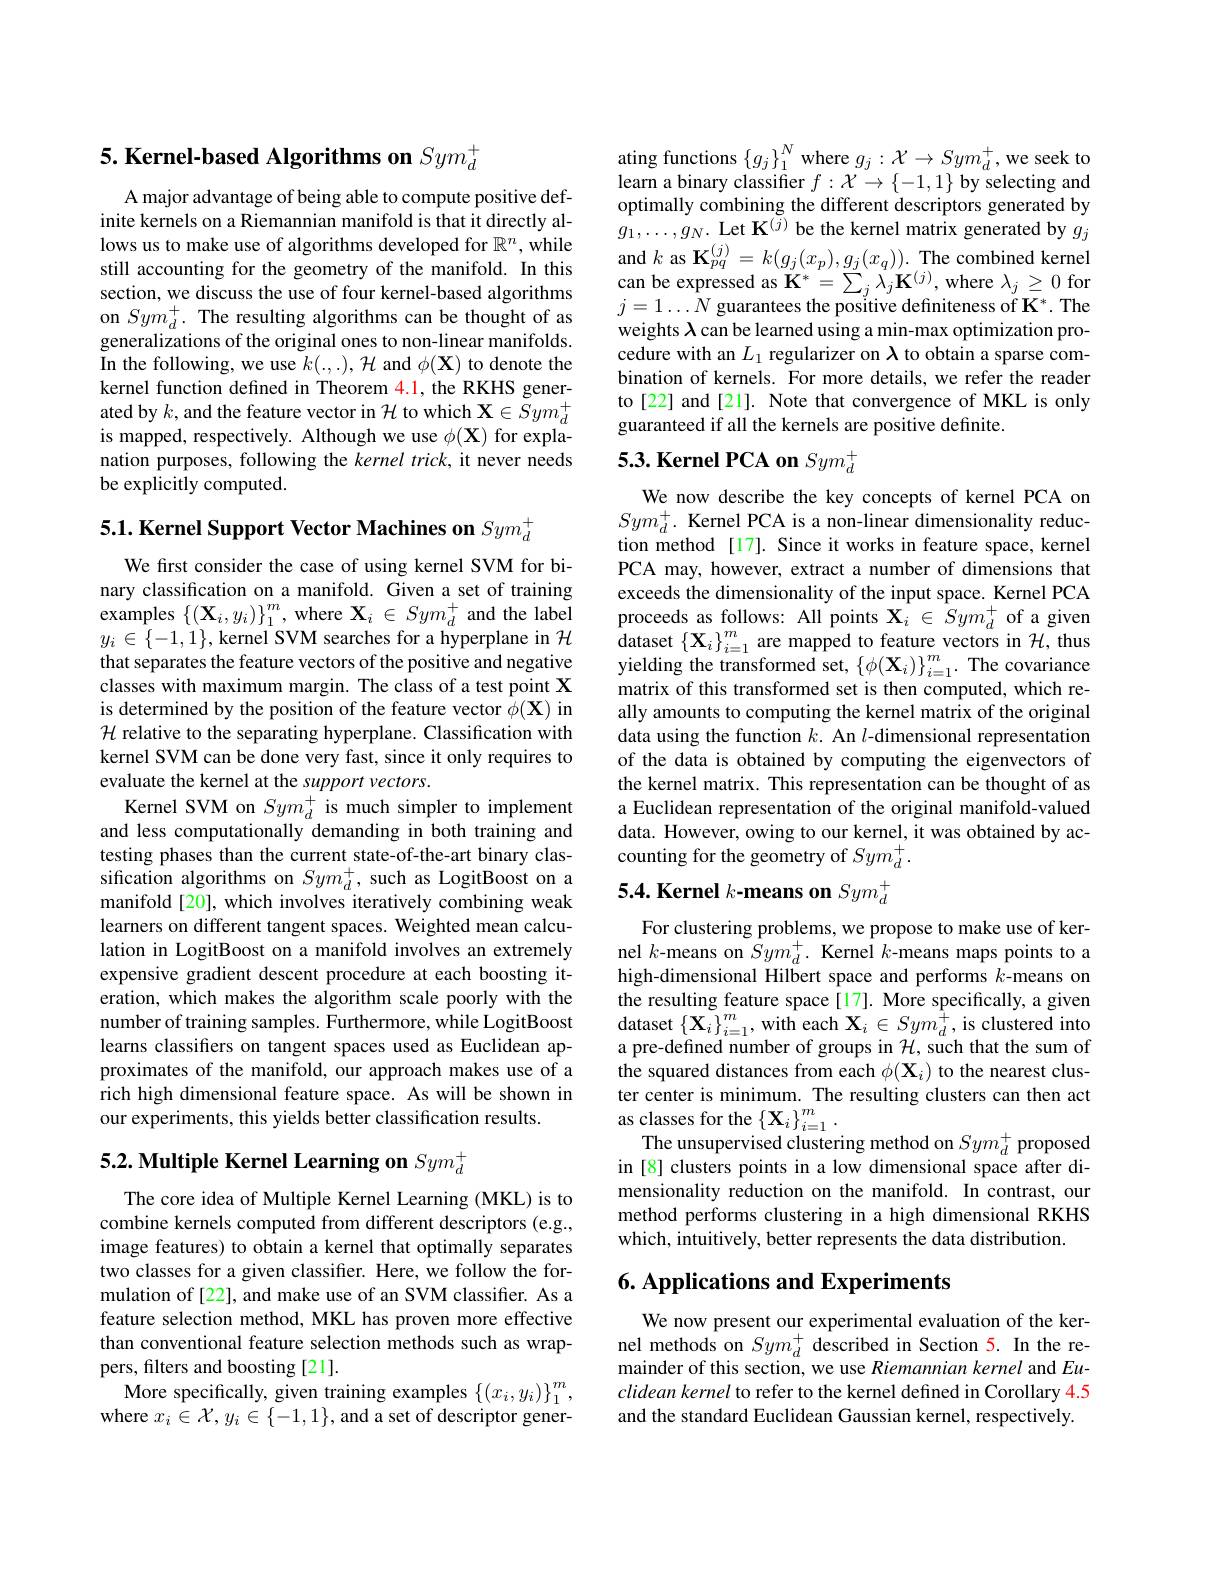
5. Kernel-based Algorithms on $Sym_d^+$

A major advantage of being able to compute positive definite kernels on a Riemannian manifold is that it directly allows us to make use of algorithms developed for $\mathbb{R}^n$, while still accounting for the geometry of the manifold. In this section, we discuss the use of four kernel-based algorithms on $Sym_{d}^{+}.$ The resulting algorithms can be thought of as generalizations of the original ones to non-linear manifolds. In the following, we use $k(.,.),{\mathcal H}$ and $\phi(\mathbf{X})$ to denote the kernel function defined in Theorem 4.1, the RKHS generated by $k$, and the feature vector in $\mathcal{H}$ to which $\mathbf{X}\in Sym_d^+$ is mapped, respectively. Although we use $\phi(\mathbf{X})$ for explanation purposes, following the kernel trick, it never needs be explicitly computed.

5.1. Kernel Support Vector Machines on $Sym_d^+$
We first consider the case of using kernel SVM for binary classification on a manifold. Given a set of training $\mathop{\mathrm{examples~}}\left\{(\mathbf{X}_{i},y_{i})\right\}_{1}^{m},\mathop{\mathrm{where~}}\mathbf{X}_{i}\in Sym_{d}^{+}$and the label $y_{i}\in\{-1,1\}$, kernel SVM searches for a hyperplane in $\mathcal{H}$ that separates the feature vectors of the positive and negative classes with maximum margin. The class of a test point X is determined by the position of the feature vector $\phi(\mathbf{X})$ in $\mathcal{H}$ relative to the separating hyperplane. Classification with kernel SVM can be done very fast, since it only requires to evaluate the kernel at the support vectors.
Kernel SVM on $Sym_d^{+}$ is much simpler to implement and less computationally demanding in both training and testing phases than the current state-of-the-art binary classification algorithms on $Sym_d^+$, such as LogitBoost on a manifold [20], which involves iteratively combining weak learners on different tangent spaces. Weighted mean calculation in LogitBoost on a manifold involves an extremely expensive gradient descent procedure at each boosting iteration, which makes the algorithm scale poorly with the number of training samples. Furthermore, while LogitBoost learns classifiers on tangent spaces used as Euclidean approximates of the manifold, our approach makes use of a rich high dimensional feature space. As will be shown in our experiments, this yields better classification results.

# 5.2. Multiple Kernel Learning on $Sym_d^+$

The core idea of Multiple Kernel Learning (MKL) is to combine kernels computed from different descriptors (e.g., image features) to obtain a kernel that optimally separates two classes for a given classifer. Here, we follow the formulation of [22], and make use of an SVM classifier. As a feature selection method, MKL has proven more effective than conventional feature selection methods such as wrappers, filters and boosting [21].
More specifically, given training examples $\left\{(x_{i},y_{i})\right\}_{1}^{m}$, where $x_i\in\mathcal{X},y_{i}\in\{-1,1\}$,and a set of descriptor gener-

ating functions $\{g_j\}_1^N$ where $g_j:\mathcal{X}\to Sym_d^+$, we seek to learn a binary classifier $f:\mathcal{X}\to\{-1,1\}$ by selecting and optimally combining the different descriptors generated by $g_{1},\ldots,g_{N}.$ Let K$^{(j)}$ be the kernel matrix generated by $g_{j}$ and $k$ as K$_pq^{(j)}=k(g_j(x_p),g_j(x_q)).$ The combined kernel can be expressed as $\mathbf{K}^*=\sum_j\lambda_j\mathbf{K}^{(j)}$,where $\lambda_j\geq0$ for $j=1\ldots N$ guarantees the positive definiteness of K*. The weights $\lambda$ can be learned using a min-max optimization procedure with an $L_1$ regularizer on $\lambda$ to obtain a sparse combination of kernels. For more details, we refer the reader to [22] and [21]. Note that convergence of MKL is only guaranteed if all the kernels are positive definite.

# 5.3. Kernel PCA on $Sym_d^+$

We now describe the key concepts of kernel PCA on $Sym_{d}^{+}.$ Kernel PCA is a non-linear dimensionality reduction method[17]. Since it works in feature space, kernel PCA may, however, extract a number of dimensions that exceeds the dimensionality of the input space. Kernel PCA proceeds as follows: All points $\mathbf{X}_{i}\in Sym_{d}^{+}$ of a given dataset $\left\{\mathbf{X}_{i}\right\}_{i=1}^{m}$ are mapped to feature vectors in $\mathcal{H}$, thus yielding the transformed set, $\{\phi(\mathbf{X}_{i})\}_{i=1}^{m}.$ The covariance matrix of this transformed set is then computed, which really amounts to computing the kernel matrix of the original data using the function $k.$ An $l$-dimensional representation of the data is obtained by computing the eigenvectors of the kernel matrix. This representation can be thought of as a Euclidean representation of the original manifold-valued data. However, owing to our kernel, it was obtained by accounting for the geometry of $Sym_d^+.$

# 5.4. Kernel $k\textbf{- means on }Sym_d^+$

For clustering problems, we propose to make use of kernel $k$-means on $\tilde{S}ym_d^{+}.$ Kernel $k$-means maps points to a high-dimensional Hilbert space and performs $k$-means on the resulting feature space[17]. More specifically, a given $\operatorname*{dataset}\left\{\mathbf{X}_{i}\right\}_{i=1}^{m},\operatorname*{with}$each $\mathbf{X}_i\in Sym_{d}^{\hat{+}}$,is clustered into a pre-defined number of groups in $\mathcal{H}$, such that the sum of the squared distances from each $\phi(\mathbf{X}_i)$ to the nearest cluster center is minimum. The resulting clusters can then act as classes for the $\{\mathbf{X}_i\}_{i=1}^m.$
The unsupervised clustering method on $Sym_d^+$ proposed in [8] clusters points in a low dimensional space after dimensionality reduction on the manifold. In contrast, our method performs clustering in a high dimensional RKHS which, intuitively, better represents the data distribution.

## $6. \textbf{ Applications and Experiments}$

We now present our experimental evaluation of the kernel methods on $Sym_{d}^{+}$ described in Section 5. In the remainder of this section, we use Riemannian kernel and Euclidean kernel to refer to the kernel defined in Corollary 4.5 and the standard Euclidean Gaussian kernel, respectively.